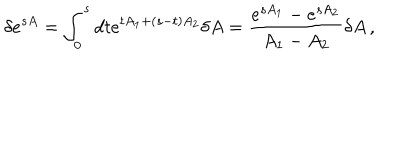
LaTeX: \delta e ^ { s A } = \int _ { 0 } ^ { s } d t e ^ { t A _ { 1 } + ( s - t ) A _ { 2 } } \delta A = \frac { e ^ { s A _ { 1 } } - e ^ { s A _ { 2 } } } { A _ { 1 } - A _ { 2 } } \delta A \, ,